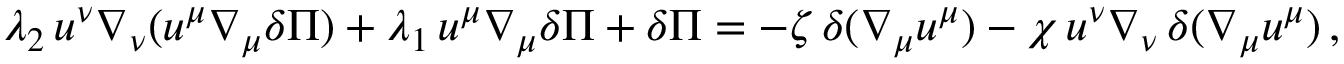
\lambda _ { 2 } \, u ^ { \nu } \nabla _ { \nu } ( u ^ { \mu } \nabla _ { \mu } \delta \Pi ) + \lambda _ { 1 } \, u ^ { \mu } \nabla _ { \mu } \delta \Pi + \delta \Pi = - \zeta \, \delta ( \nabla _ { \mu } u ^ { \mu } ) - \chi \, u ^ { \nu } \nabla _ { \nu } \, \delta ( \nabla _ { \mu } u ^ { \mu } ) \, ,